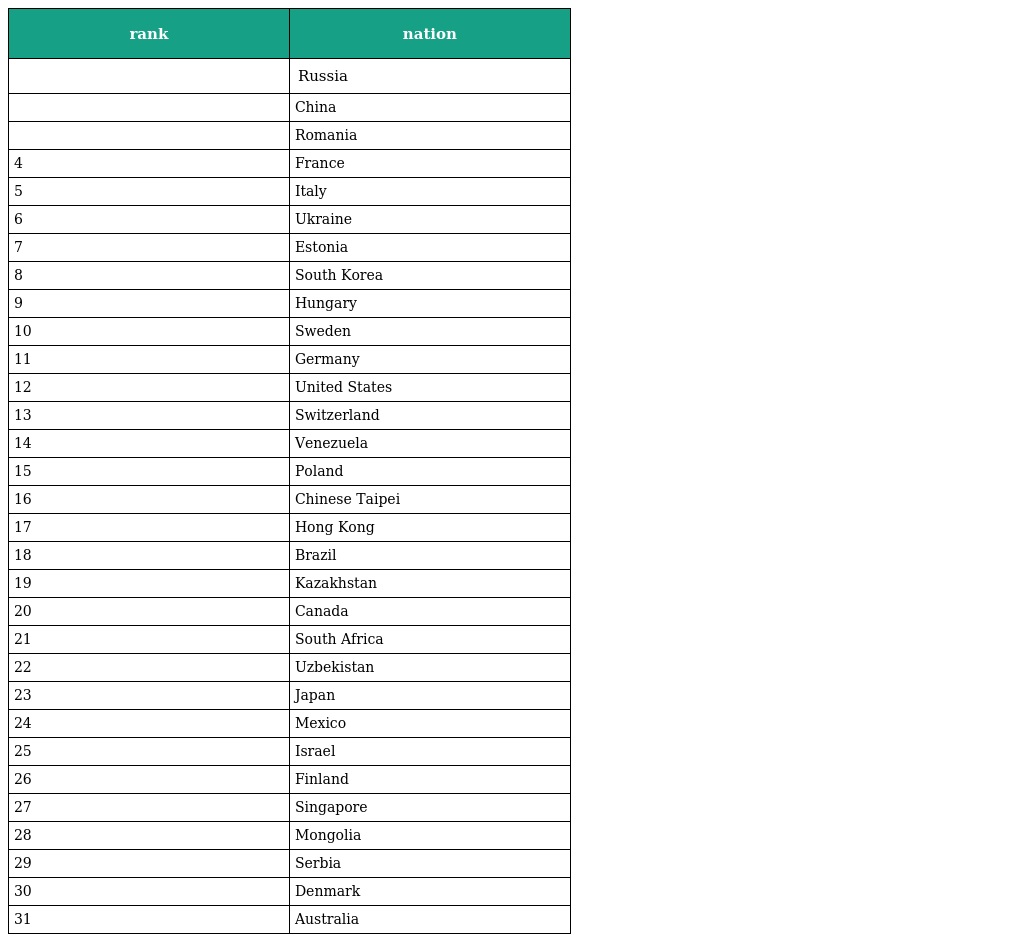
| rank | nation |
 | --- | --- |
 |  | Russia |
 |  | China |
 |  | Romania |
 | 4 | France |
 | 5 | Italy |
 | 6 | Ukraine |
 | 7 | Estonia |
 | 8 | South Korea |
 | 9 | Hungary |
 | 10 | Sweden |
 | 11 | Germany |
 | 12 | United States |
 | 13 | Switzerland |
 | 14 | Venezuela |
 | 15 | Poland |
 | 16 | Chinese Taipei |
 | 17 | Hong Kong |
 | 18 | Brazil |
 | 19 | Kazakhstan |
 | 20 | Canada |
 | 21 | South Africa |
 | 22 | Uzbekistan |
 | 23 | Japan |
 | 24 | Mexico |
 | 25 | Israel |
 | 26 | Finland |
 | 27 | Singapore |
 | 28 | Mongolia |
 | 29 | Serbia |
 | 30 | Denmark |
 | 31 | Australia |